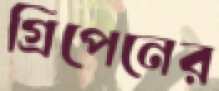
গ্রিপেনের